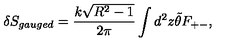
\delta S _ { g a u g e d } = \frac { k \sqrt { R ^ { 2 } - 1 } } { 2 \pi } \int d ^ { 2 } z \tilde { \theta } F _ { + - } ,